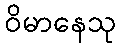
ဝိမာနေသု